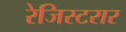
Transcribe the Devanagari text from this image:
रेजिस्टरार